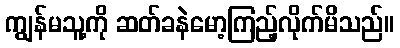
ကျွန်မသူ့ကို ဆတ်ခနဲမော့ကြည့်လိုက်မိသည်။